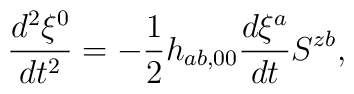
\frac{d^{2}\xi^{0}}{dt^{2}}=-\frac{1}{2}h_{ab,00}\frac{d\xi^{a}}{dt}S^{zb},